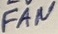
Text: FAN